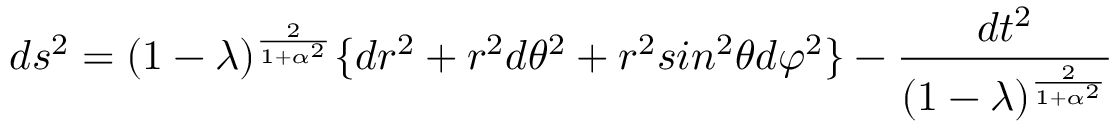
d s ^ { 2 } = ( 1 - \lambda ) ^ { \frac { 2 } { 1 + \alpha ^ { 2 } } } \lbrace d r ^ { 2 } + r ^ { 2 } d \theta ^ { 2 } + r ^ { 2 } s i n ^ { 2 } \theta d \varphi ^ { 2 } \rbrace - { \frac { d t ^ { 2 } } { ( 1 - \lambda ) ^ { \frac { 2 } { 1 + \alpha ^ { 2 } } } } }